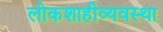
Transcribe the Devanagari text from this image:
लोकशाहीव्यवस्था